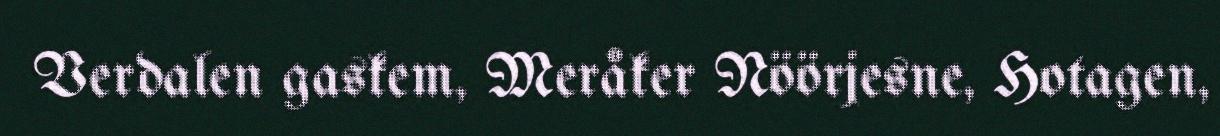
Verdalen gaskem, Meråker Nöörjesne, Hotagen,